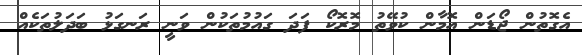
އެގޮތުން ޖޯޑަން އޮމާން ކުވޭތު މޮރޮކޯ ފަދަ ގައުމުތަކުން ވަނީ ރަނގަޅު ބަދަލުތަކެއް